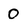
Character: 0